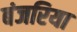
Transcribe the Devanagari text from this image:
बंजरिया